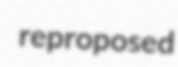
reproposed